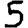
Digit: 5